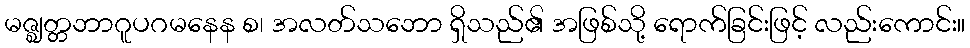
မဇ္ဈတ္တဘာဂူပဂမနေန စ၊ အလတ်သဘော ရှိသည်၏ အဖြစ်သို့ ရောက်ခြင်းဖြင့် လည်းကောင်း။